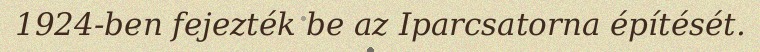
1924-ben fejezték be az Iparcsatorna építését.